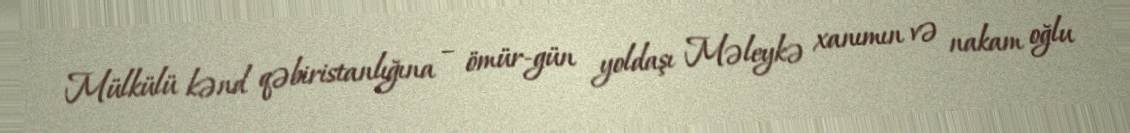
Mülkülü kənd qəbiristanlığına – ömür-gün yoldaşı Məleykə xanımın və nakam oğlu